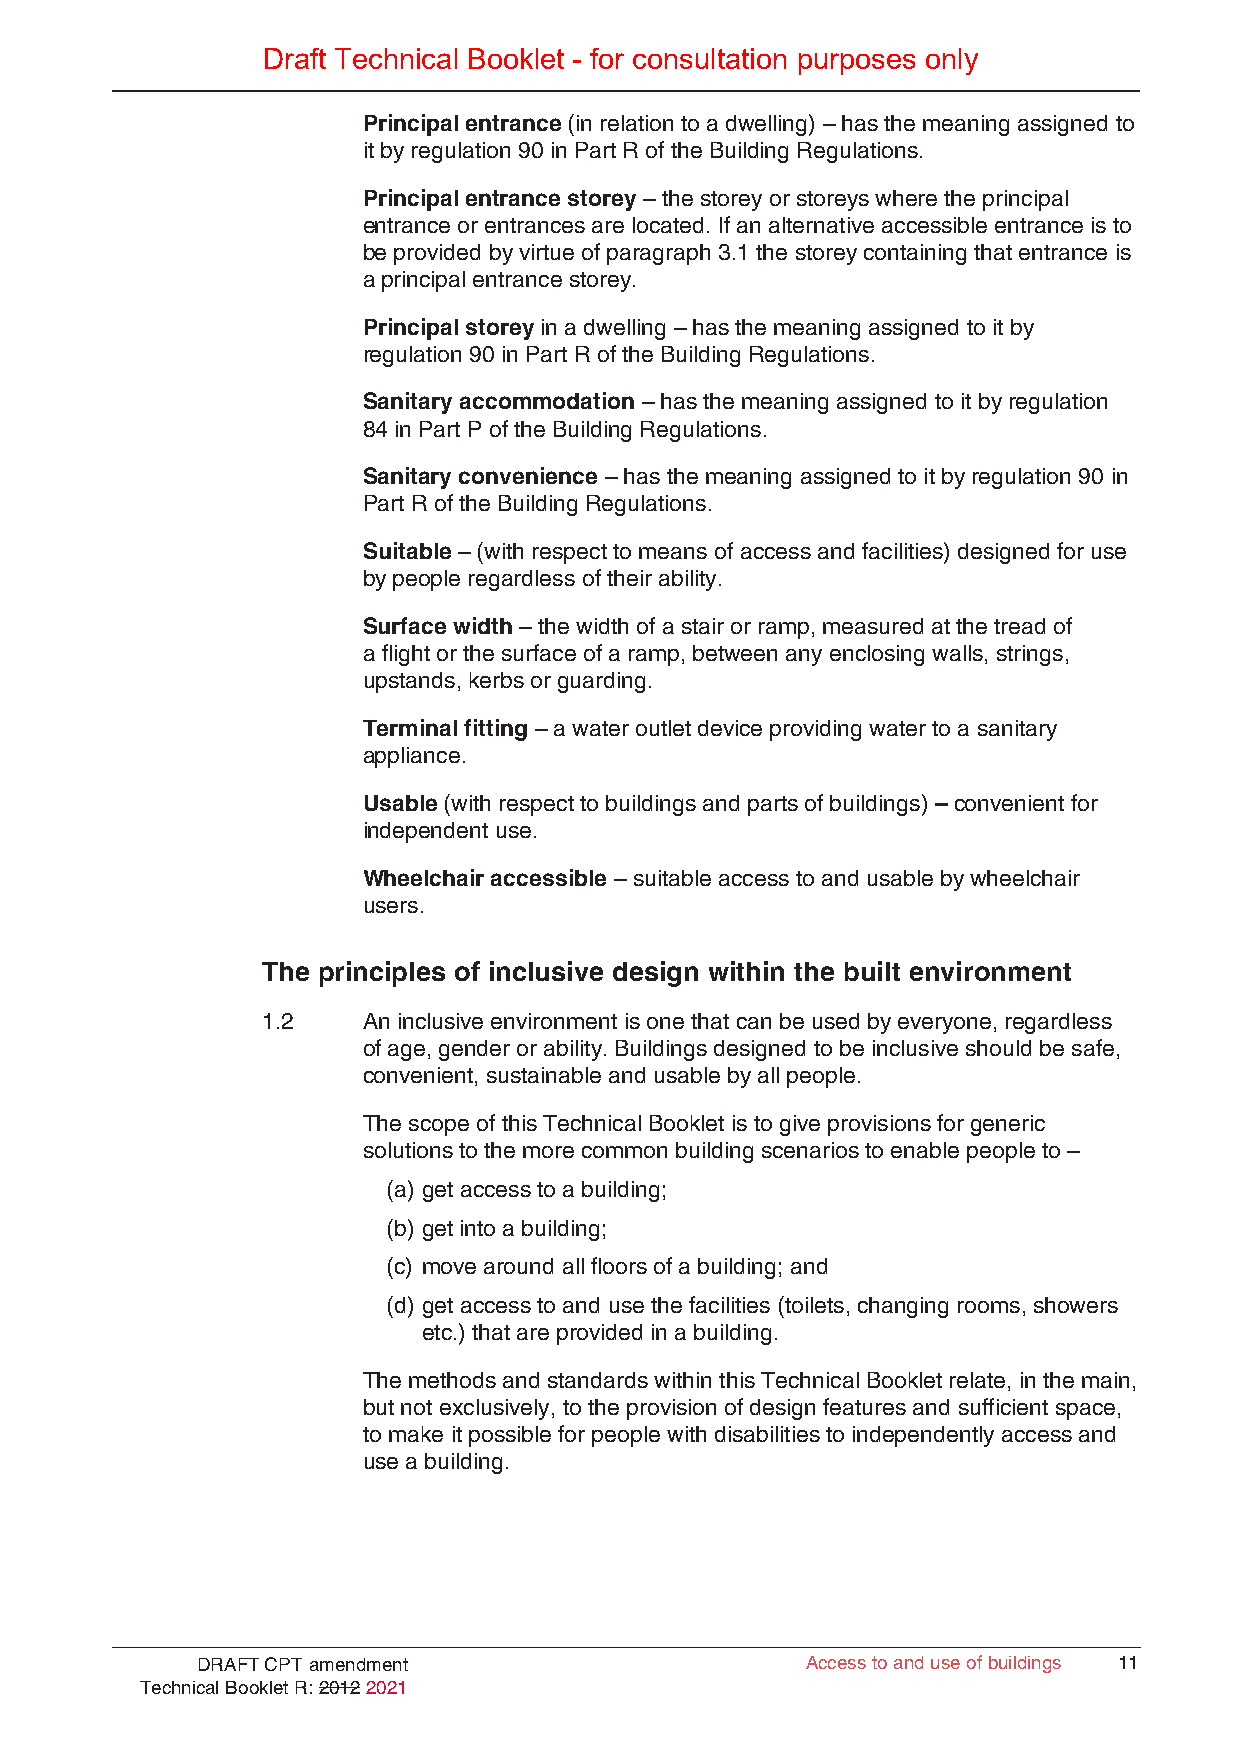
Draft Technical Booklet - for consultation purposes only
 Principal entrance (in relation to a dwelling) – has the meaning assigned to
 it by regulation 90 in Part R of the Building Regulations.
 Principal entrance storey – the storey or storeys where the principal
 entrance or entrances are located. If an alternative accessible entrance is to
 be provided by virtue of paragraph 3.1 the storey containing that entrance is
 a principal entrance storey.
 Principal storey in a dwelling – has the meaning assigned to it by
 regulation 90 in Part R of the Building Regulations.
 Sanitary accommodation – has the meaning assigned to it by regulation
 84 in Part P of the Building Regulations.
 Sanitary convenience – has the meaning assigned to it by regulation 90 in
 Part R of the Building Regulations.
 Suitable – (with respect to means of access and facilities) designed for use
 by people regardless of their ability.
 Surface width – the width of a stair or ramp, measured at the tread of
 a flight or the surface of a ramp, between any enclosing walls, strings,
 upstands, kerbs or guarding.
 Terminal fitting – a water outlet device providing water to a sanitary
 appliance.
 Usable (with respect to buildings and parts of buildings) – convenient for
 independent use.
 Wheelchair accessible – suitable access to and usable by wheelchair
 users.
 The principles of inclusive design within the built environment
 1.2    An inclusive environment is one that can be used by everyone, regardless
 of age, gender or ability. Buildings designed to be inclusive should be safe,
 convenient, sustainable and usable by all people.
 The scope of this Technical Booklet is to give provisions for generic
 solutions to the more common building scenarios to enable people to –
 (a) get access to a building;
 (b) get into a building;
 (c) move around all floors of a building; and
 (d) get access to and use the facilities (toilets, changing rooms, showers
 etc.) that are provided in a building.
 The methods and standards within this Technical Booklet relate, in the main,
 but not exclusively, to the provision of design features and sufficient space,
 to make it possible for people with disabilities to independently access and
 use a building.
 DRAFT CPT amendment                     AAcccceessss ttoo aanndd uussee ooff bbuuiillddiinnggss 1111
 Technical Booklet R: 2012 2021